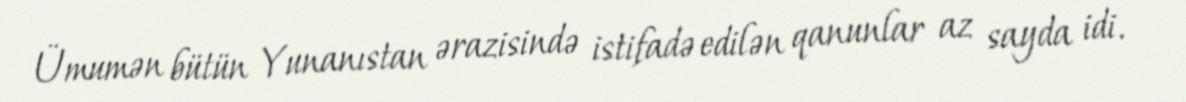
Ümumən bütün Yunanıstan ərazisində istifadə edilən qanunlar az sayda idi.